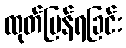
ထုတ်ပြန်ရခြင်း